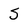
Character: S